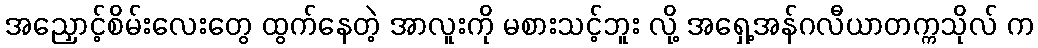
အညှောင့်စိမ်းလေးတွေ ထွက်နေတဲ့ အာလူးကို မစားသင့်ဘူး လို့ အရှေ့အန်ဂလီယာတက္ကသိုလ် က